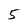
Character: 5